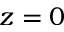
z = 0